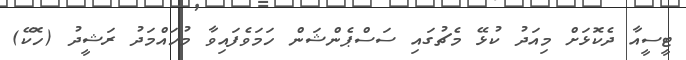
ޓީސީއާ ދެކޮޅަށް މިއަދު ކުޅޭ މެޗުގައި ސަސްޕެންޝަން ހަމަވެފައިވާ މުހައްމަދު ރަޝީދު (ހޮކޭ)